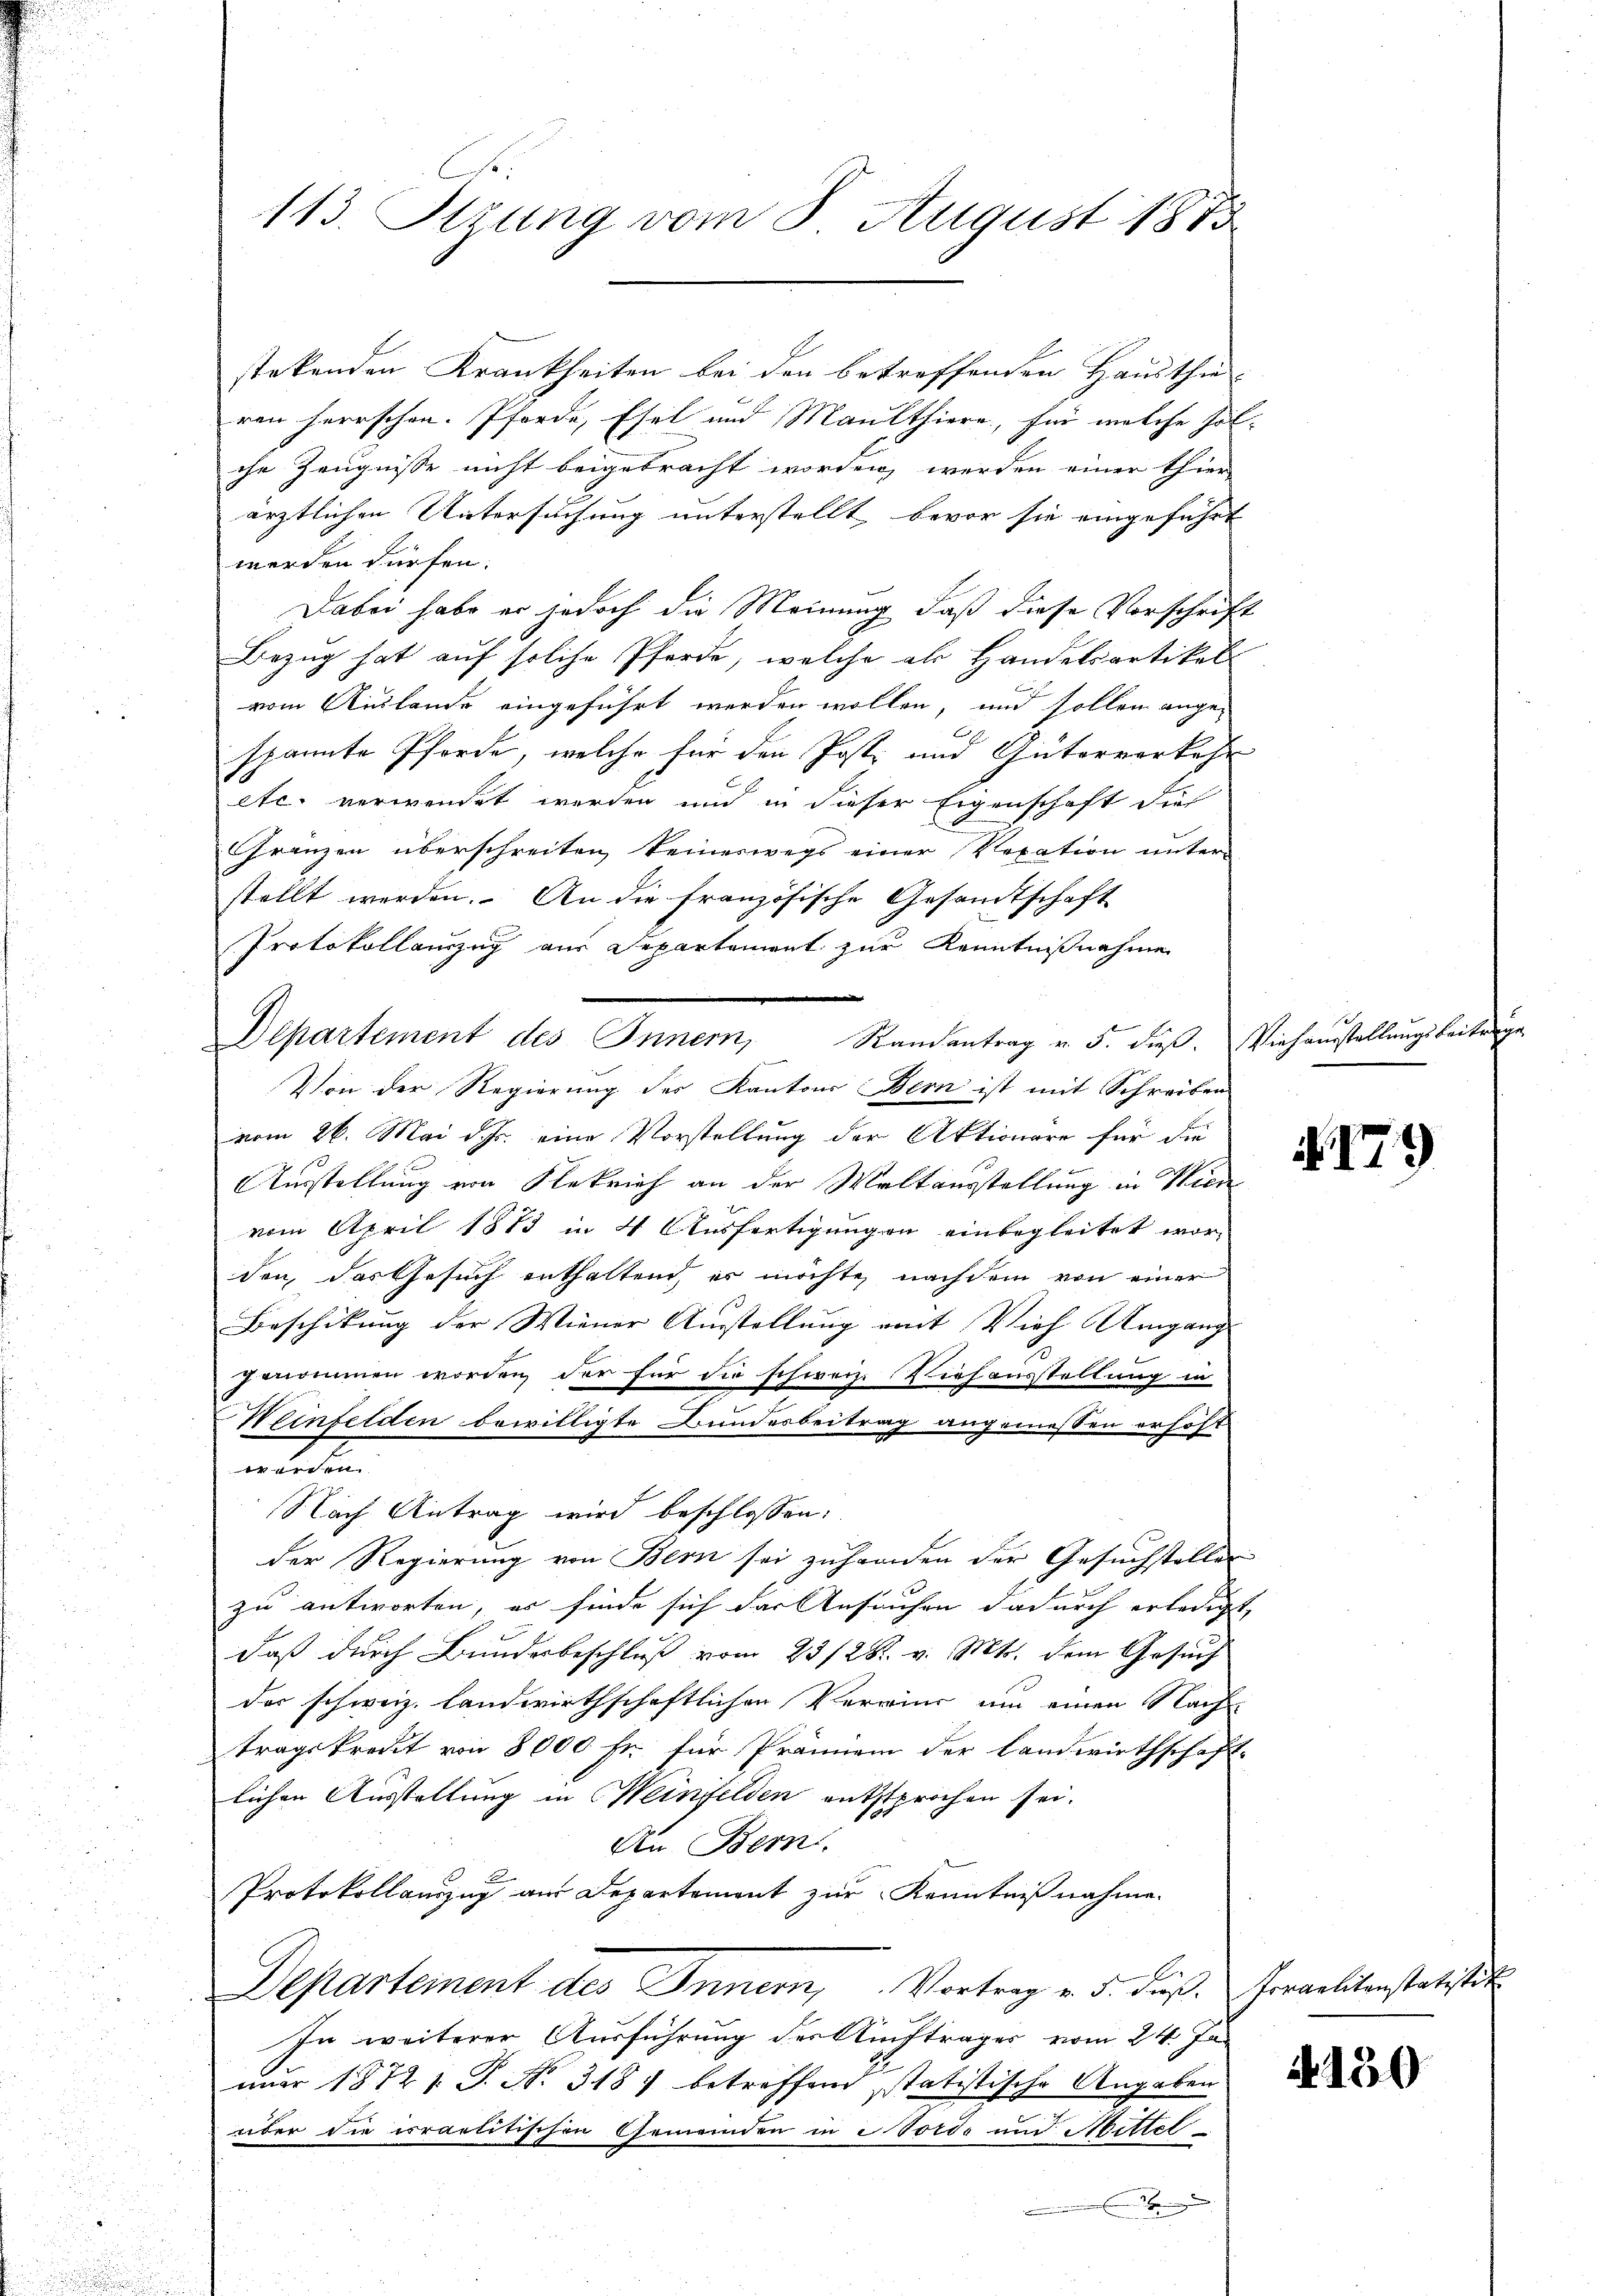
stekenden Krankheiten bei den betreffenden Hausthi-
ren herrschen. Pferde, Esel und Maulthiere, für welche Holche Zeugnisse nicht beigebracht worden, werden einer thier
ärztlichen Untersuchung unterstellt, bevor sie eingeführt
werden dürfen.
Dabei habe er jedoch die Meinung, daß diese Vorschrift
Bezug hat auf solche Pferde, welche als Handelsartikel
vom Auslande eingeführt werden wollen, und sollen angespannte Pferde, welche für den Post und Güterverkehr
etc. verwendet werden und in dieser Eigenschaft dies
Gränzen überschreiten, keineswegs einer Vexation unter-
stellt werden. An die französische Gesandtschaft
Protokollanzug aus Departement zur Kenntnißnahme
Departement des Innern,
Randantrag v. 5. daß. Viehausstellungsbeites
Von der Regierung des Kantons Bern ist mit Schreiben
vom 26. Mai d. Js. eine Vorstellung der Aktionäre für die
Ausstellung von Flekrief an der Waltausstellung in Wiede
vom April 1883 in 4 Ausfertigungen einbegleitet wor-
den, das Gesuch enthaltend, es möchte nachdem von einer
Beschikung der Wiener Austellung mit Vieh Umgang
genommen worden, der für die schweiz. Viehausstellung in
Weinfelden bewilligte Bundesbeitrag angemessen erhöht
werden.
Nach Antrag wird beschlossen:
der Regierung von Bern sei zuhanden der Gesuchstellen
zu antworten, er finde sich das Ansuchen dadurch erledigt,
daß durch Bunderbeschluß vom 23/28. v. Mts. dem Gesuch
der schweiz. Landwirthschaftlichen Verwind um einen Nach
tragskredit von 8000 fr. für Prämien der Landwirthschaft-
lichen Ausstaltung in Weinfelden entsprochen sei.
An Bern.
Protokollauszug am Departement zur Kenntnißnahme.
Departement des Innern, Vortrag v. d. dieß. Irraelitenstatisti
In weiterer Ausführung der Auftrages vom 24. Ja-
nuar 1872 1. P. Nr. 318) betreffend statistische Angaben
über die irrartitischen Gemeinden in Nordo und Mittel
.

113. Stzung vom 8. August 1873

. 179

A 150